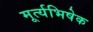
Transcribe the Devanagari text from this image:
मूर्त्यभिषेक